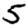
Digit: 5